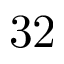
3 2